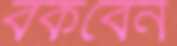
বকবেন